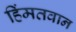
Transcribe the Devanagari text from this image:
हिंमतवान